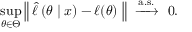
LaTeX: \operatorname* { s u p } _ { \theta \in \Theta } \left\| \; { \widehat { \ell \, } } ( \theta \mid x ) - \ell ( \theta ) \; \right\| \ \xrightarrow { \mathrm { a . s . } } \ 0 .